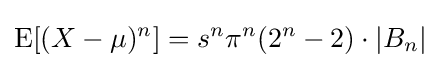
\operatorname {E} [(X-\mu )^{n}]=s^{n}\pi ^{n}(2^{n}-2)\cdot |B_{n}|